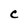
Character: C